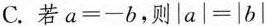
C.若$$a=-b$$，则$$|a|=|b|$$